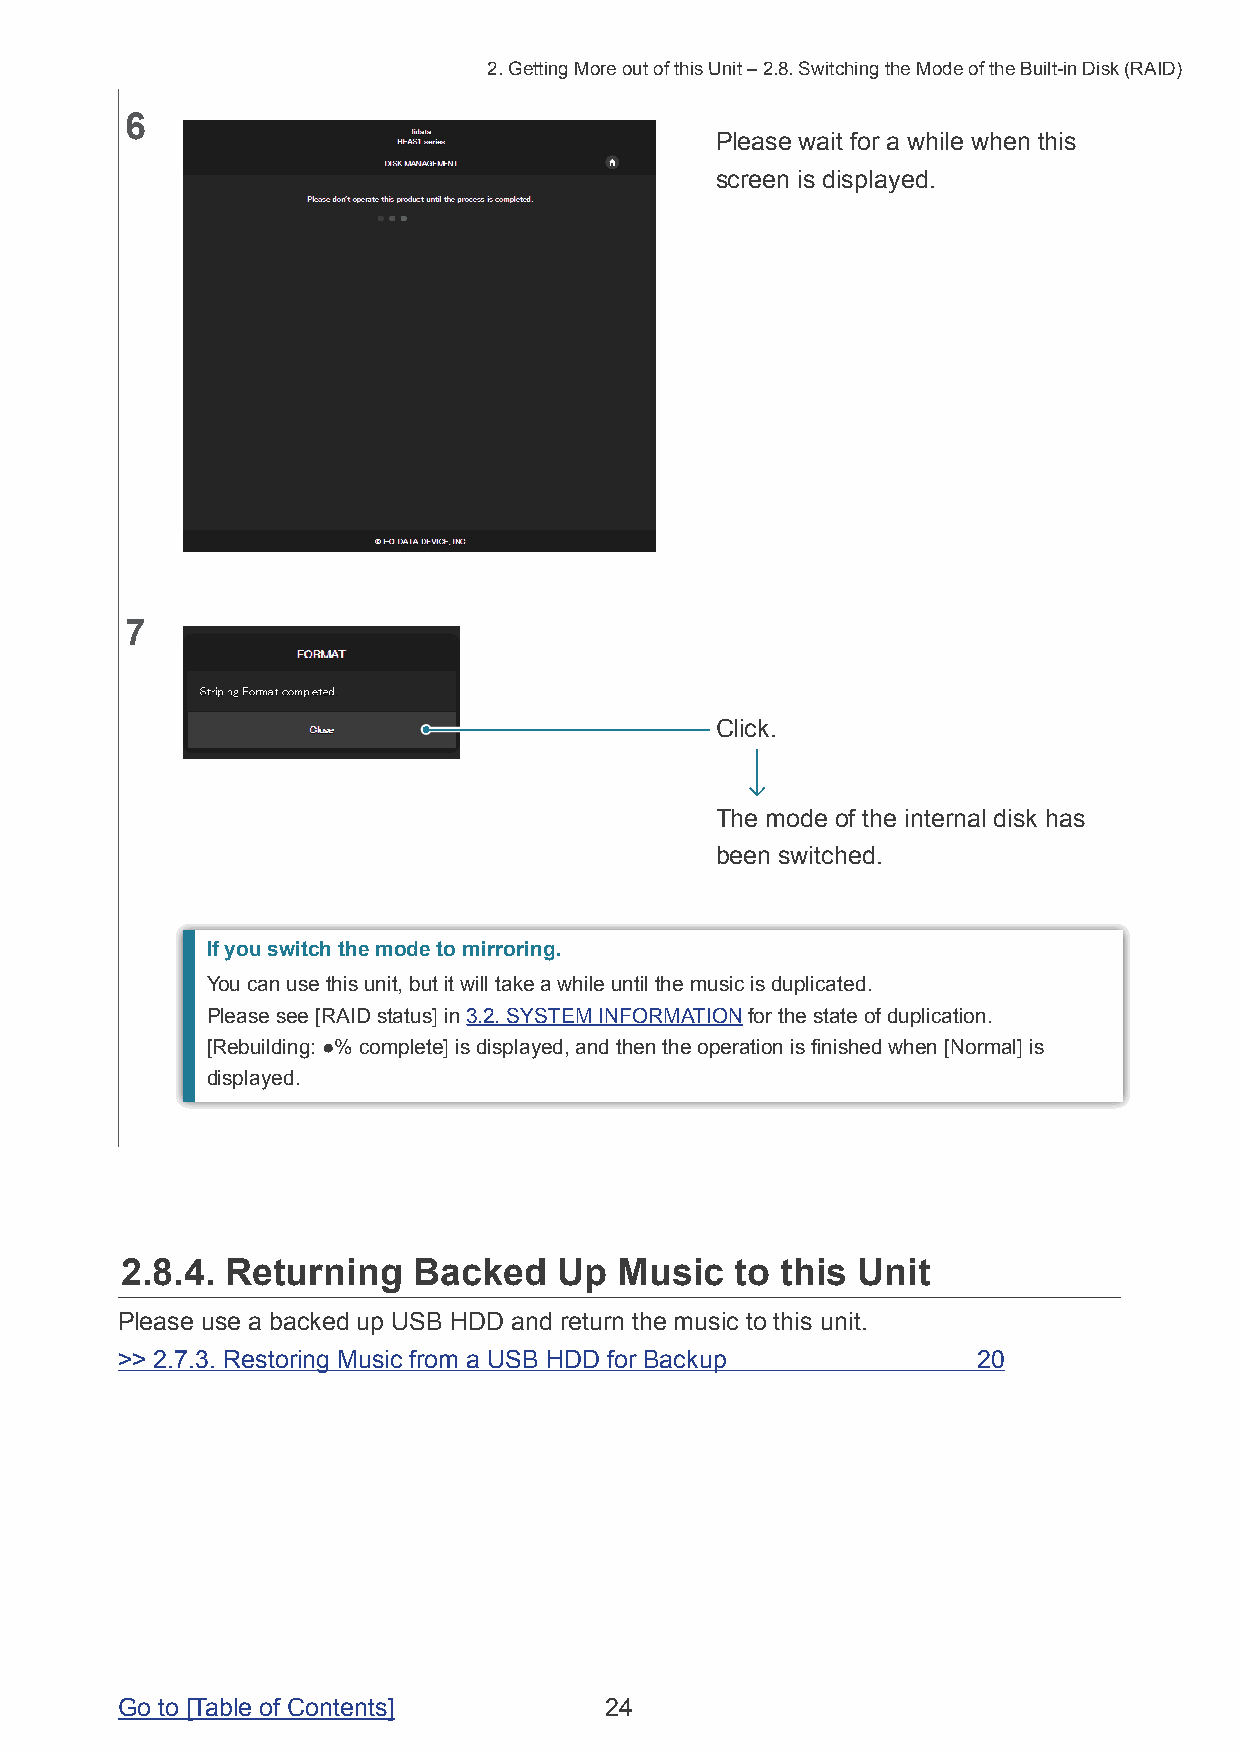
2. Getting More out of this Unit – 2.8. Switching the Mode of the Built-in Disk (RAID)
 6
 Please wait for a while when this
 screen is displayed.
 7
 Click.
 The mode of the internal disk has
 been switched.
 If you switch the mode to mirroring.
 You can use this unit, but it will take a while until the music is duplicated.
 Please see [RAID status] in 3.2. SYSTEM INFORMATION for the state of duplication.
 [Rebuilding: ●% complete] is displayed, and then the operation is finished when [Normal] is
 displayed.
 2.8.4. Returning   Backed    Up  Music   to this Unit
 Please use a backed up USB HDD and return the music to this unit.
 >> 2.7.3. Restoring Music from a USB HDD for Backup      20
 Go to [Table of Contents]       24